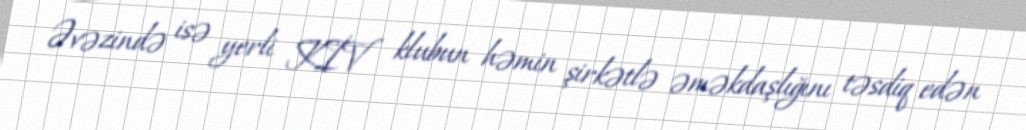
Əvəzində isə yerli KİV klubun həmin şirkətlə əməkdaşlığını təsdiq edən